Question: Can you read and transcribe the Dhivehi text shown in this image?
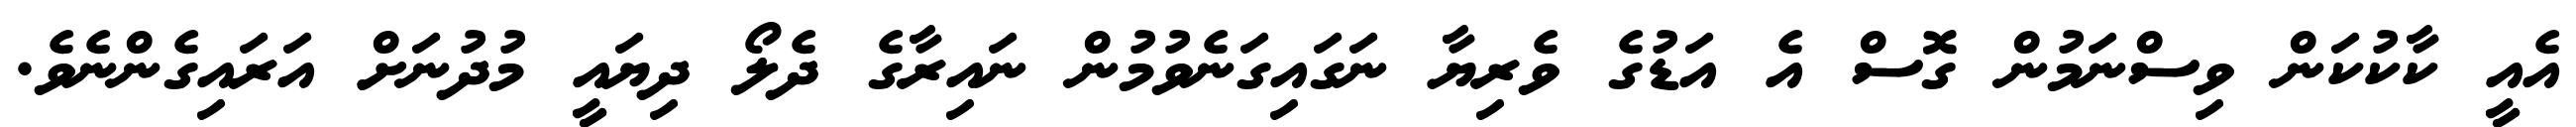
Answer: އެއީ ކާކުކަން ވިސްނަމުން ގޮސް އެ އަޑުގެ ވެރިޔާ ނަގައިގަނެވުމުން ނައިރާގެ ދެލޯ ދިޔައީ މުދުނަށް އަރައިގެންނެވެ.